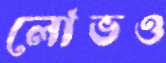
লোভও